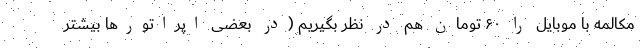
مکالمه با موبایل را ۶۰ تومان هم در نظر بگیریم (در بعضی اپراتورها بیشتر